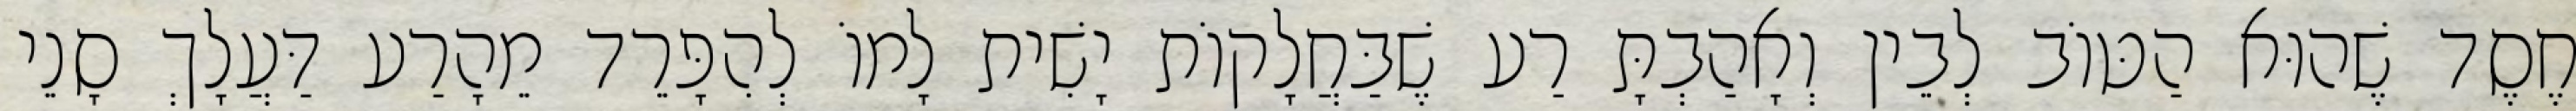
חֶסֶד שֶׁהוּא הַטּוֹב לְבֵין וְאָהַבְתָּ רַע שֶׁבַּחֲלָקוֹת יָשִׁית לָמוֹ לְהִפָּרֵד מֵהָרַע דַּעֲלָךְ סָנֵי